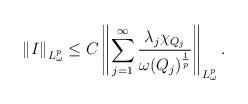
LaTeX: \begin{align*}\left \| \uppercase\expandafter{\romannumeral1} \right \|_{L_{\omega}^{p}}\leq C\left \|\sum\limits_{j=1}^{\infty}\frac{\lambda_j \chi_{Q_j}}{\omega(Q_j)^{\frac{1}{p}}}\right \|_{L_{\omega}^{p}}.\end{align*}